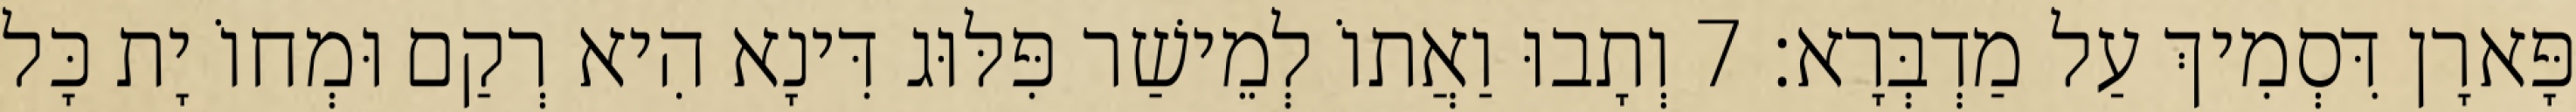
פָּארָן דִּסְמִיךְ עַל מַדְבְּרָא׃ 7 וְתָבוּ וַאֲתוֹ לְמֵישַׁר פִּלּוּג דִּינָא הִיא רְקַם וּמְחוֹ יָת כָּל